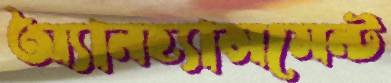
অ্যানহ্যান্সমেন্ট